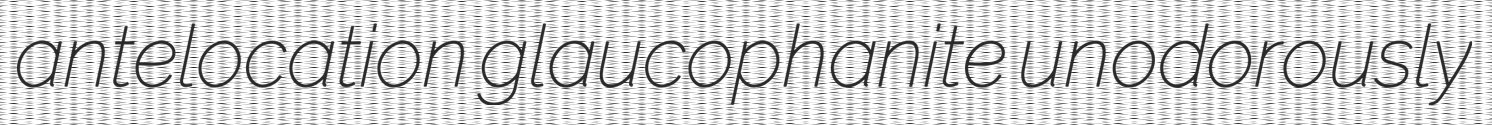
antelocation glaucophanite unodorously